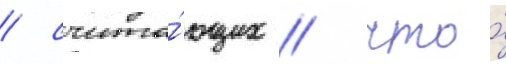
/ счита́ющих / что́